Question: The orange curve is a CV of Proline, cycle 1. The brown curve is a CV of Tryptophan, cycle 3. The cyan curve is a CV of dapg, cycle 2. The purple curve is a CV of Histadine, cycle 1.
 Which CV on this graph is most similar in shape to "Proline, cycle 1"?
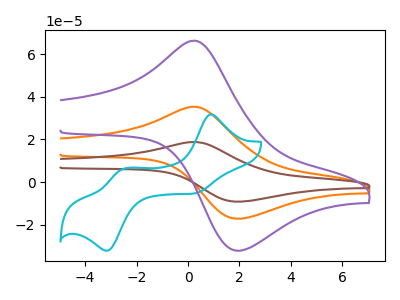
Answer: <think>The orange curve "Proline, cycle 1" has an anodic peak at (0.20V, 35.30uA) and a cathodic peak at (2.00V, -17.10uA). The brown curve "Tryptophan, cycle 3" has an anodic peak at (0.20V, 70.65uA) and a cathodic peak at (2.00V, -34.20uA). The cyan curve "dapg, cycle 2" has anodic peaks at (0.85V, 31.70uA) (-2.50V, 6.30uA) and cathodic peaks at (0.20V, -5.30uA) (-3.15V, -32.05uA). The purple curve "Histadine, cycle 1" has an anodic peak at (0.20V, 66.25uA) and a cathodic peak at (2.00V, -32.10uA).
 All the peaks in "Proline, cycle 1" have a peak in "Tryptophan, cycle 3" at the same potential. Every peak in "Proline, cycle 1" is lower than every peak in "Tryptophan, cycle 3". "Proline, cycle 1" and "dapg, cycle 2" have a different number of peaks. All the peaks in "Proline, cycle 1" have a peak in "Histadine, cycle 1" at the same potential. Every peak in "Proline, cycle 1" is lower than every peak in "Histadine, cycle 1". "Tryptophan, cycle 3" and "dapg, cycle 2" have a different number of peaks. All the peaks in "Tryptophan, cycle 3" have a peak in "Histadine, cycle 1" at the same potential. Every peak in "Tryptophan, cycle 3" is higher than every peak in "Histadine, cycle 1". "dapg, cycle 2" and "Histadine, cycle 1" have a different number of peaks.</think>
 <answer>"Proline, cycle 1" and "Tryptophan, cycle 3" have a similar shape to "Histadine, cycle 1".</answer>
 <eval>"Proline, cycle 1" "Tryptophan, cycle 3"</eval>